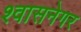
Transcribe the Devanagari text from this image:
श्वासनेगर